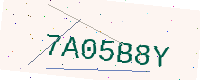
Text: 7A05B8Y